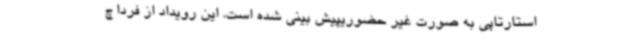
استارتاپی به صورت غیر حضوریپیش بینی شده است. این رویداد از فردا چ